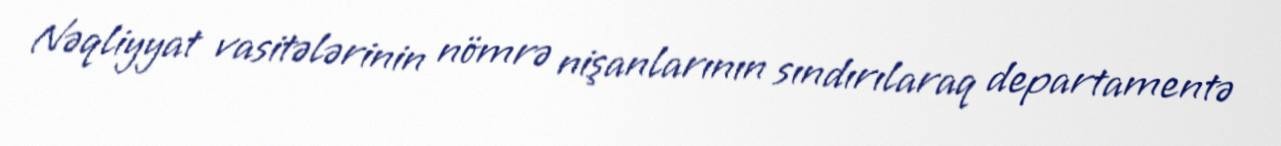
Nəqliyyat vasitələrinin nömrə nişanlarının sındırılaraq departamentə